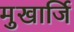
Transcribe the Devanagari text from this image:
मुखार्जि